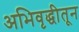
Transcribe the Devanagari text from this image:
अभिवृद्धीतून